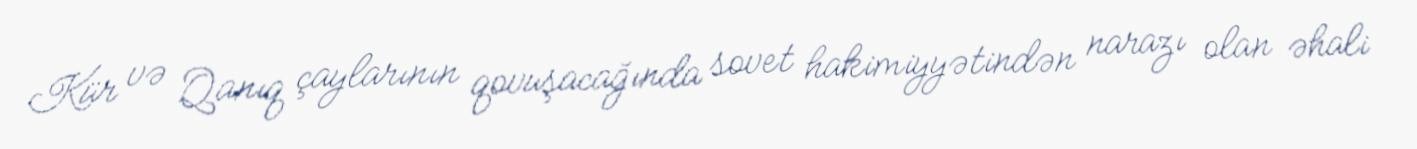
Kür və Qanıq çaylarının qovuşacağında sovet hakimiyyətindən narazı olan əhali